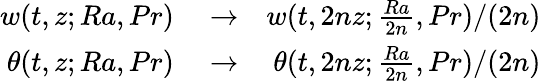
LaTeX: \begin{array}{rlr}{w(t,z;Ra,Pr)}&{{}\to}&{w(t,2nz;\frac{Ra}{2n},Pr)/(2n)}\\ {\theta(t,z;Ra,Pr)}&{{}\to}&{\theta(t,2nz;\frac{Ra}{2n},Pr)/(2n)}\end{array}